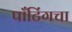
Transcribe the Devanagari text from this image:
पाँटिंगचा